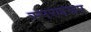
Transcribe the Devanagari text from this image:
स्मरणरूप